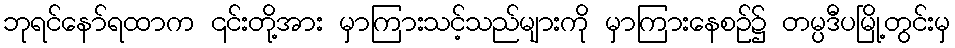
ဘုရင်နော်ရထာက ၎င်းတို့အား မှာကြားသင့်သည်များကို မှာကြားနေစဉ်၌ တမ္ပဒီပမြို့တွင်းမှ